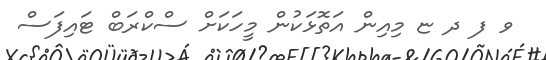
ވ ފ ދ ޏ މިއިން އަތޮޅަކުން މީހަކަށް ސްކްރަބް ޓައިފަސް